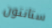
ستانتون